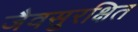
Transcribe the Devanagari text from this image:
जैवसुरक्षित